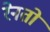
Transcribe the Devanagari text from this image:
रेनतो